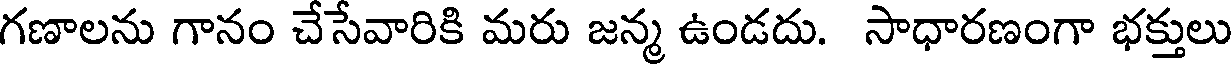
గణాలను గానం చేసేవారికి మరు జన్మ ఉండదు. సాధారణంగా భక్తులు